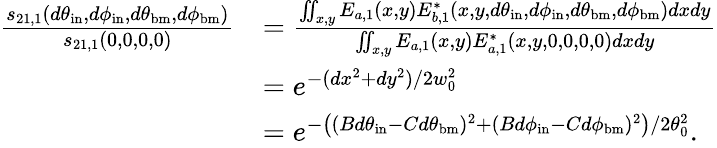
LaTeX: \begin{array}{rl}{\frac{s_{21,1}(d\theta_{\mathrm{in}},d\phi_{\mathrm{in}},d\theta_{\mathrm{bm}},d\phi_{\mathrm{bm}})}{s_{21,1}(0,0,0,0)}}&{=\frac{\iint_{x,y}E_{a,1}(x,y)E_{b,1}^{*}(x,y,d\theta_{\mathrm{in}},d\phi_{\mathrm{in}},d\theta_{\mathrm{bm}},d\phi_{\mathrm{bm}})dxdy}{\iint_{x,y}E_{a,1}(x,y)E_{a,1}^{*}(x,y,0,0,0,0)dxdy}}\\ &{=e^{-(dx^{2}+dy^{2})/2w_{0}^{2}}}\\ &{=e^{-\left((Bd\theta_{\mathrm{in}}-Cd\theta_{\mathrm{bm}})^{2}+(Bd\phi_{\mathrm{in}}-Cd\phi_{\mathrm{bm}})^{2}\right)/2\theta_{0}^{2}}.}\end{array}